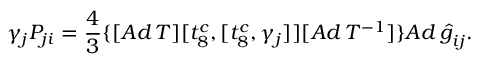
\gamma _ { j } { \cal P } _ { j i } = \frac { 4 } { 3 } \{ [ A d \, T ] [ t _ { 8 } ^ { c } , [ t _ { 8 } ^ { c } , { \gamma } _ { j } ] ] [ A d \, T ^ { - 1 } ] \} { A d \, { \hat { g } } } _ { i j } .